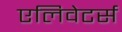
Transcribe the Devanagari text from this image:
एलिवेटर्स